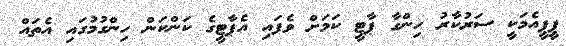
ޕީޕީއެމަކީ ސަރުކާރު ހިންގާ ޕާޓީ ކަމަށް ވެފައި އެޕާޓީގެ ކަންކަން ހިންގުމުގައި އެތައް